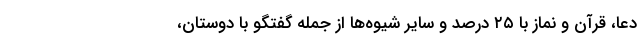
دعا، قرآن و نماز با ۲۵ درصد و سایر شیوه‌ها از جمله گفتگو با دوستان،